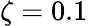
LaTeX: \zeta=0.1